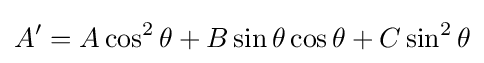
A'=A\cos ^{2}\theta +B\sin \theta \cos \theta +C\sin ^{2}\theta